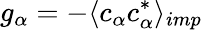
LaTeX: g_{\alpha}=-\langle c_{\alpha}c_{\alpha}^{*}\rangle_{imp}